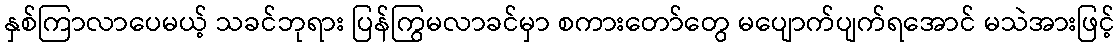
နှစ်ကြာလာပေမယ့် သခင်ဘုရား ပြန်ကြွမလာခင်မှာ စကားတော်တွေ မပျောက်ပျက်ရအောင် မသဲအားဖြင့်